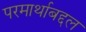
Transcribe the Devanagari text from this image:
परमार्थाबद्दल